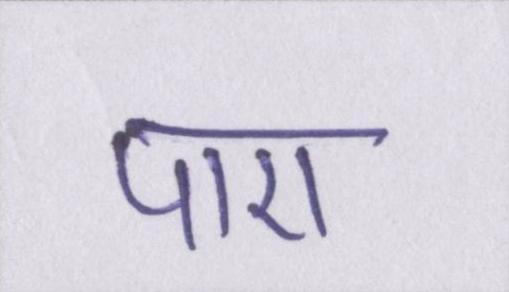
पाए